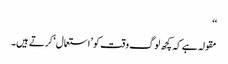
‘‘
مقولہ ہے کہ کچھ لوگ وقت کو ’استعمال‘ کرتے ہیں۔